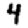
Digit: 4